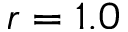
r = 1 . 0